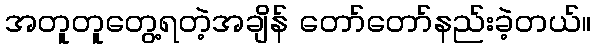
အတူတူတွေ့ရတဲ့အချိန် တော်တော်နည်းခဲ့တယ်။